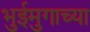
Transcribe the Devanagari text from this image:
भुईमुगाच्या